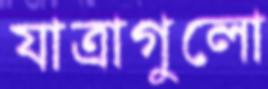
যাত্রাগুলো